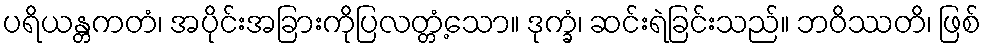
ပရိယန္တကတံ၊ အပိုင်းအခြားကိုပြလတ္တံ့သော။ ဒုက္ခံ၊ ဆင်းရဲခြင်းသည်။ ဘဝိဿတိ၊ ဖြစ်